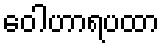
ဝေါဟာရပထာ